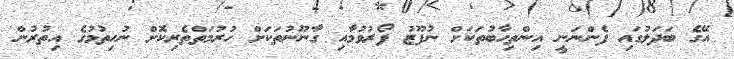
އޭގެ ބަދަލުގައި ފެންނަނީ އިންތިހާބުތަކަށް ނުފޫޒު ފޯރުވުމާއި ގާނޫނުތަކަށް ހުރުމަތްތެރިކޮށް ނުހިތުމުގެ އިތުރުން